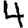
Digit: 4